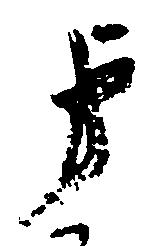
弟